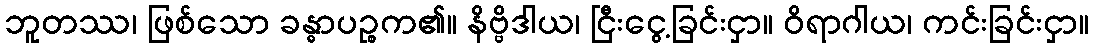
ဘူတဿ၊ ဖြစ်သော ခန္ဓာပဉ္စက၏။ နိဗ္ဗိဒါယ၊ ငြီးငွေ့ခြင်းငှာ။ ဝိရာဂါယ၊ ကင်းခြင်းငှာ။